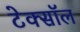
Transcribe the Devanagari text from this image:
टेक्सॉल